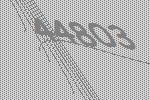
44803